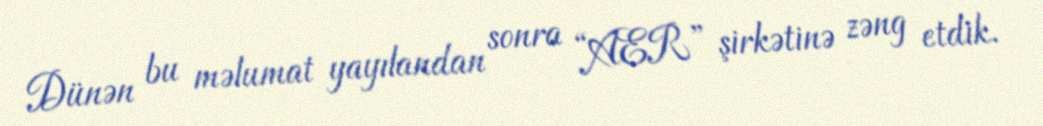
Dünən bu məlumat yayılandan sonra “AER” şirkətinə zəng etdik.